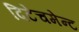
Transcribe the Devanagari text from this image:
दिटेचमेन्ट